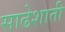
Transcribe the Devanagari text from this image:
साढेशाती